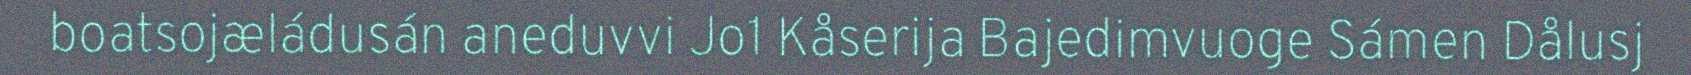
boatsojæládusán aneduvvi Jo1 Kåserija Bajedimvuoge Sámen Dålusj